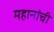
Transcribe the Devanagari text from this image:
महानांची